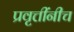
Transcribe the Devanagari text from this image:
प्रवृत्तींनीच